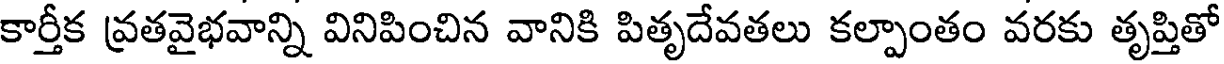
కార్తీక వ్రతవైభవాన్ని వినిపించిన వానికి పితృదేవతలు కల్పాంతం వరకు తృప్తితో